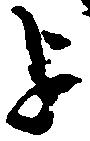
を